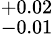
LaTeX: ^{+0.02}_{-0.01}